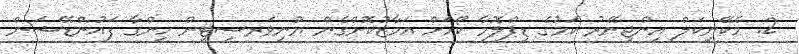
2. މެކޭނިކަލް އިންޖިނޭރު ކަމުގެ ޑިޕްލޮމާ ކޯހަށް އަމާޒުކޮށްގެން ޔުނިވަރސިޓީން ހިންގާ ފައުންޑޭޝަން